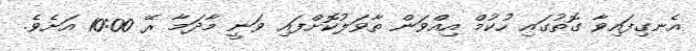
އެނގިފައިވާ ގޮތުގައި ހުކުމް އިއްވަން ތާވަލުކޮށްފައި ވަނީ މާދަމާ ރޭ 10:00 އަށެވެ.